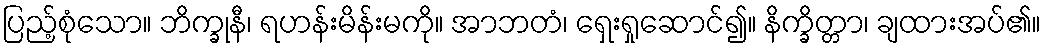
ပြည့်စုံသော။ ဘိက္ခုနီ၊ ရဟန်းမိန်းမကို။ အာဘတံ၊ ရှေးရှုဆောင်၍။ နိက္ခိတ္တာ၊ ချထားအပ်၏။